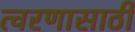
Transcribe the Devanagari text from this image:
त्वरणासाठी